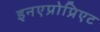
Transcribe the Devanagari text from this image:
इनएप्रोप्रिएट